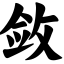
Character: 敛